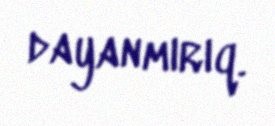
dayanmırıq.